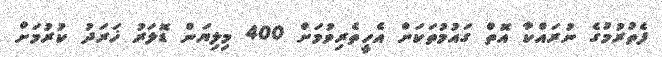
ފެތުުރުމުގެ ނުރައްކާ އޮތް ގައުމުތަކަށް އެހީތެރިވުމަށް 400 މިލިޔަން ޑޮލަރު ޚަރަދު ކުރުމަށް